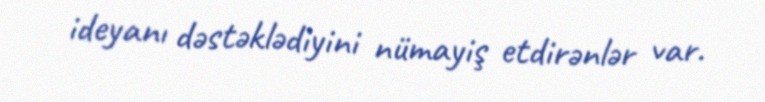
ideyanı dəstəklədiyini nümayiş etdirənlər var.